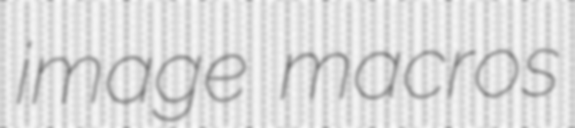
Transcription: image macros